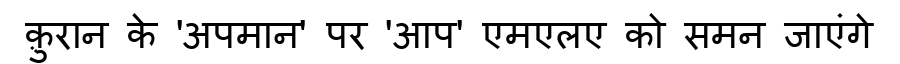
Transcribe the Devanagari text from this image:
क़़ुरान के 'अपमान' पर 'आप' एमएलए को समन जाएंगे